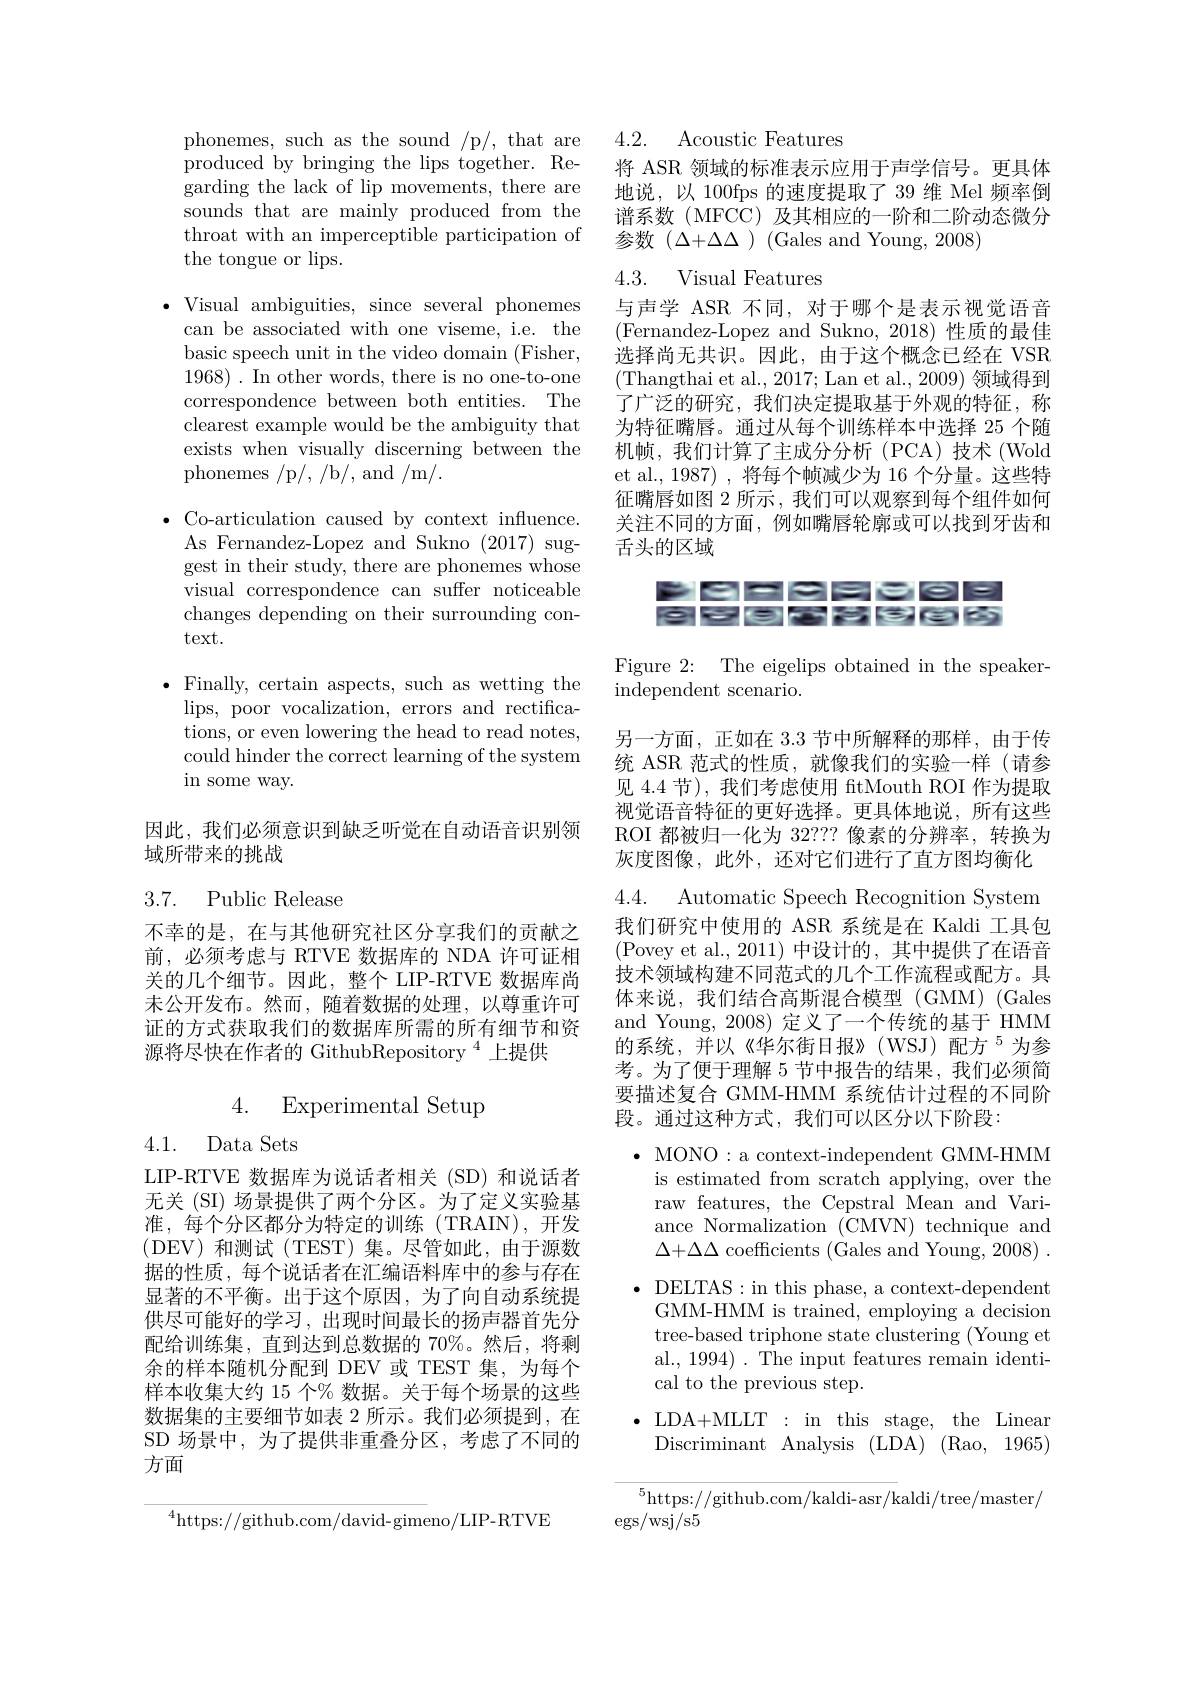
phonemes, such as the sound /p/, that are produced by bringing the lips together. Regarding the lack of lip movements, there are sounds that are mainly produced from the throat with an imperceptible participation of the tongue or lips.

$\bullet$ Visual ambiguities, since several phonemes
can be associated with one viseme, i.e. the basic speech unit in the video domain (Fisher, 1968). In other words, there is no one-to-one correspondence between both entities. The clearest example would be the ambiguity that exists when visually discerning between the phonemes /p/, /b/, and /m/.

$\bullet$Co-articulation caused by context influence. As Fernandez-Lopez and Sukno (2017) suggest in their study, there are phonemes whose visual correspondence can suffer noticeable changes depending on their surrounding context.

$\bullet$ Finally, certain aspects, such as wetting the lips, poor vocalization, errors and rectifications, or even lowering the head to read notes, could hinder the correct learning of the system in some way.

因此，我们必须意识到缺乏听觉在自动语音识别领
域所带来的挑战

## 3.7. Public Release

不幸的是，在与其他研究社区分享我们的贡献之前，必须考虑与 RTVE 数据库的 NDA 许可证相关的几个细节。因此，整个 LIP-RTVE 数据库尚未公开发布。然而，随着数据的处理，以尊重许可证的方式获取我们的数据库所需的所有细节和资源将尽快在作者的 GithubRepository $^{4}$上提供

# 4. Experimental Setup

4.1. Data Sets

LIP-RTVE 数据库为说话者相关(SD)和说话者无关 (SI) 场景提供了两个分区。为了定义实验基准，每个分区都分为特定的训练(TRAIN),开发(DEV)和测试(TEST)集。尽管如此，由于源数据的性质，每个说话者在汇编语料库中的参与存在显著的不平衡。出于这个原因，为了向自动系统提供尽可能好的学习，出现时间最长的扬声器首先分配给训练集，直到达到总数据的 70%。然后，将剩余的样本随机分配到 DEV 或 TEST 集，为每个样本收集大约 15 个% 数据。关于每个场景的这些数据集的主要细节如表 2 所示。我们必须提到，在SD 场景中，为了提供非重叠分区，考虑了不同的方面

$^{4}$https://github.com/david-gimeno/LIP-RTVE

4.2. Acoustic Features

将 ASR 领域的标准表示应用于声学信号。更具体地说，以 100fps 的速度提取了 39 维 Mel 频率倒谱系数(MFCC)及其相应的一阶和二阶动态微分参数($\Delta+\Delta\Delta)(Gales and Young, 2008)$

4.3. Visual Features

与声学 ASR 不同，对于哪个是表示视觉语音(Fernandez-Lopez and Sukno, 2018)性质的最佳选择尚无共识。因此，由于这个概念已经在 VSR (Thangthai et al., 2017; Lan et al., 2009) 领域得到了广泛的研究，我们决定提取基于外观的特征，称为特征嘴唇。通过从每个训练样本中选择 25 个随机帧，我们计算了主成分分析(PCA)技术(Wold et al., 1987) , 将每个帧减少为 16 个分量。这些特征嘴唇如图 2 所示 , 我们可以观察到每个组件如何关注不同的方面，例如嘴唇轮廓或可以找到牙齿和舌头的区域

PERRESBE 肉巴西哥特的防

Figure 2: The eigelips obtained in the speaker-
independent scenario.

4.4. Automatic Speech Recognition System

另一方面，正如在 3.3 节中所解释的那样，由于传统 ASR 范式的性质，就像我们的实验一样(请参见 4.4 节), 我们考虑使用 ftMouth ROI 作为提取视觉语音特征的更好选择。更具体地说，所有这些ROI 都被归一化为 32??? 像素的分辨率，转换为灰度图像，此外，还对它们进行了直方图均衡化我们研究中使用的 ASR 系统是在 Kaldi 工具包(Povey et al.,2011)中设计的，其中提供了在语音技术领域构建不同范式的几个工作流程或配方。具体来说，我们结合高斯混合模型(GMM)(Gales and Young, 2008) 定义了一个传统的基于 HMM 的系统，并以《华尔街日报》(WSJ)配方$^{5}$为参考。为了便于理解 5 节中报告的结果，我们必须简要描述复合 GMM-HMM 系统估计过程的不同阶段。通过这种方式，我们可以区分以下阶段：

$\bullet$MONO:a context-independent GMM-HMM$\bullet$ is estimated from scratch applying, over the raw features, the Cepstral Mean and Variance Normalization $\bar{\text{(CMVN) technique and}}$ $\Delta+\Delta\Delta$ coefficients (Gales and Young, 2008) . $\bullet$ DELTAS:in this phase, a context-dependent GMM-HMM is trained, employing a decision tree-based triphone state clustering (Young et al., 1994) . The input features remain identical to the previous step.
$\bullet$LDA+MLLT:in this stage, the Linear Discriminant Analysis (LDA) (Rao, 1965)
$^5$https://github.com/kaldi-asr/kaldi/tree/master/
$\operatorname{egs/wsj/s5}$